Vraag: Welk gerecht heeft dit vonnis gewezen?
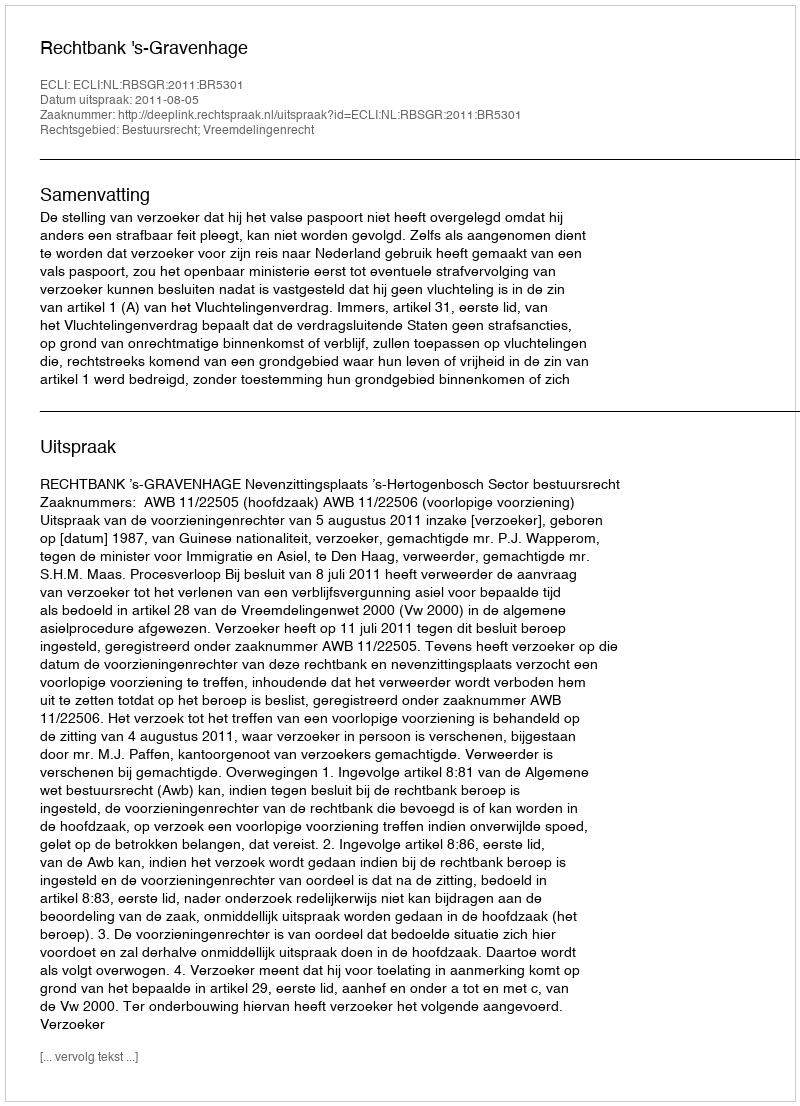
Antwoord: Rechtbank 's-Gravenhage